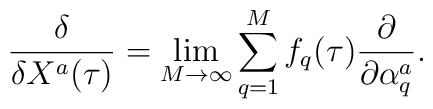
\frac{\delta}{\delta X^a(\tau)} = \lim_{M \rightarrow \infty}\sum^M_{q=1} f_q(\tau) \frac{\partial}{\partial \alpha^a_q}.